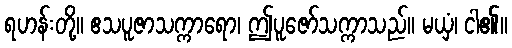
ရဟန်းတို့။ ဧသပူဇာသက္ကာရော၊ ဤပူဇော်သက္ကာသည်။ မယှံ၊ ငါ၏။